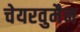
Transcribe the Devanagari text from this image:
चेयरवुमैन